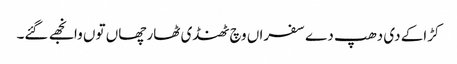
کڑاکے دی دھپ دے سفراں وچ ٹھنڈی ٹھار چھاں توں وانجھے گئے۔